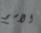
الاسم